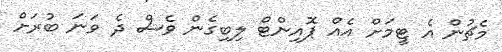
މެޗުން އެ ޓީމަށް އެއް ޕޮއިންޓް ލިބިގެން ވެސް ދެ ވަނަ ބުރަށް